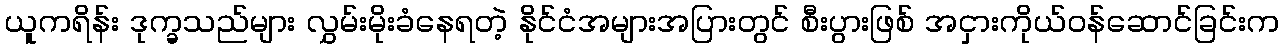
ယူကရိန်း ဒုက္ခသည်များ လွှမ်းမိုးခံနေရတဲ့ နိုင်ငံအများအပြားတွင် စီးပွားဖြစ် အငှားကိုယ်ဝန်ဆောင်ခြင်းက